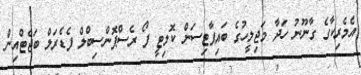
އެމެރިކާގެ ގާނޫނު ހަދާ މަޖިލީހުގެ ބައިޕާޓިސަން ކޮމިޓީ ފޯ ރެސްޕޮންސިބްލް ފެޑެރަލް ބަޖެޓްއިން